Civil Veterinary Department. United Provinces 1923-31 - 1923-1931
Year: 1923
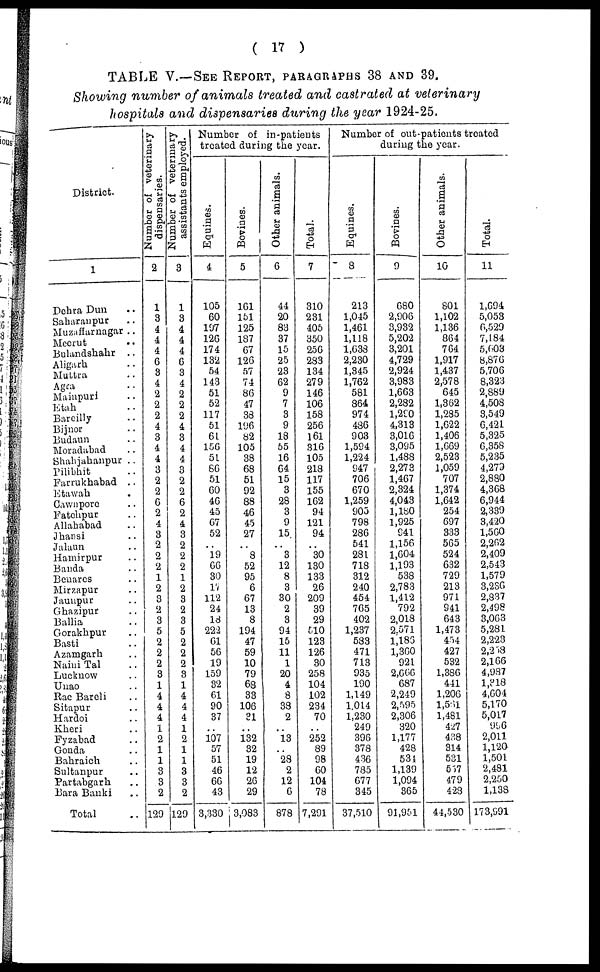
( 17 )
TABLE V.—SEE REPORT, PARAGRAPHS 38 AND 39.
Showing number of animals treated and castrated at veterinary
hospitals and dispensaries during the year 1924-25.
District.
1
Dehra Dun ..
Saharanpur ..
Muzaffarnagar ..
Mecrut
..
Bulandshahr
..
Aligarh ..
Muttra ..
Agra ..
Etah ..
Bareilly ..
Bijnor ..
Budann ..
Moradabad ..
Shahjahanpur ..
Pilibhit ..
Farrukhabad ..
Etawah .
Cawnpore ..
Fatehpur ..
Allahabad
Jhansi ..
Jalaun ..
Hamirpur ..
Banda ..
Benares ..
Mirzapur ..
Jaunpur ..
Ghazipur ..
Ballia ..
Gorakhpur ..
Basti ..
Azamgarh ..
Naini Tal ..
Lucknow ..
Unao ..
Rae Bareli ..
Sitapur ..
Hardoi ..
Kheri ..
Fyzabad ..
Gonda ..
Bahraich ..
Saltanpur ..
Partabgarh ..
Bara Banki ..
Total
Number of veterinary
dispensaries.
2
1
3
4
4
4
6
3
4
2
2
2
4
3
4
4
3
2
2
6
2
4
3
2
2
2
1
2
3
2
3
5
2
2
2
3
1
4
4
4
1
2
1
1
3
3
2
129
Number of veterinary
assistants
employed.
3
1
3
4
4
4
6
3
4
2
2
2
4
3
4
4
3
2
2
6
2
4
3
2
2
2
1
2
3
2
3
5
2
2
2
3
1
4
4
4
1
2
1
1
3
3
2
129
Number of in-patients
treated during the year.
Equines.
4
105
60
197
126
174
132
54
143
51
52
117
51
61
156
51
86
51
60
46
45
67
52
..
19
66
30
17
112
24
18
222
61
56
19
159
32
61
90
37
..
107
57
51
46
66
43
3,330
Bovines.
5
161
151
125
137
67
126
57
74
86
17
33
196
82
105
38
68
51
92
88
46
45
27
..
3
52
95
6
67
13
8
194
47
59
10
79
68
33
106
31
..
132
32
19
12
2G
29
3,083
Other animals.
6
44
20
83
37
15
25
23
62
9
7
3
9
18
55
16
64
15
3
28
3
9
15
..
3
12
8
3
30
2
3
94
15
11
1
20
4
8
38
2
..
13
..
23
2
12
6
878
Total.
7
310
231
405
350
256
233
134
279
146
106
158
256
161
316
105
213
117
155
162
94
121
94
..
30
130
133
26
209
39
29
510
123
126
30
258
104
102
234
70
..
252
89
08
60
104
78
7,291
Number of out-patients treated
Equines.
8
213
1,045
1,461
1,118
1,638
2,230
1,345
1,762
581
364
974
436
903
1,594
1,224
947
706
670
1,259
905
798
236
541
281
713
312
240
454
765
402
1,237
533
471
713
935
190
1,149
1,014
1,230
249
396
378
436
735
677
345
37,510
Bovines.
9
680
2,906
3,932
5,202
3,201
4,729
2,924
3,983
1,663
2,232
1,210
4,318
3,016
3,095
1,488
2,273
1,467
2,324
4,043
1,180
1,925
941
1,156
1,604
1,193
533
2,783
1,412
792
2,013
2.571
1,188
1,360
921
2,666
687
2,249
2,595
2,306
320
1,177
428
534
1,139
1,094
365
91,951
Other animals.
10
801
1,102
1,136
864
764
1,917
1,437
2,578
645
1,362
1,235
1,622
1,406
1,669
2,523
1,059
707
1,374
1,642
254
697
333
565
524
632
729
213
971
941
643
1,473
434
427
532
1,386
411
1,206
1,561
1,481
427
438
314
531
567
479
4 23
41,530
Total.
11
1,694
5,053
6,529
7,184
5,603
8,876
5,706
8,325
2,889
4,508
3,549
6,421
5,325
6,358
5,235
4,279
2,880
4,368
6,944
2,339
3,420
1,560
2,262
2,409
2,543
1,579
3,236
2,887
2,498
3,063
5,281
2,223
2,258
2,166
4,987
1,318
4,604
5,170
5,017
996
2,011
1,120
1,501
2,481
2,250
1,138
173,991